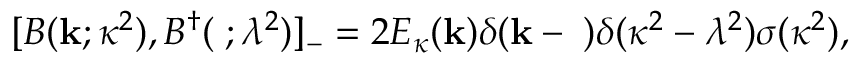
[ B ( { \bf k } ; \kappa ^ { 2 } ) , B ^ { \dagger } ( { \bf \ell } ; \lambda ^ { 2 } ) ] _ { - } = 2 E _ { \kappa } ( { \bf k } ) \delta ( { \bf k } - { \bf \ell } ) \delta ( \kappa ^ { 2 } - \lambda ^ { 2 } ) \sigma ( \kappa ^ { 2 } ) ,